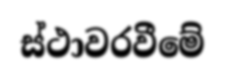
ස්ථාවරවීමේ